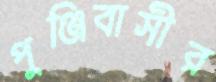
পুঞ্জিবাসীর